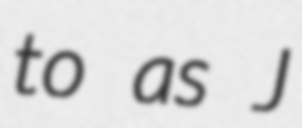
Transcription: to as J